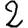
Digit: 2